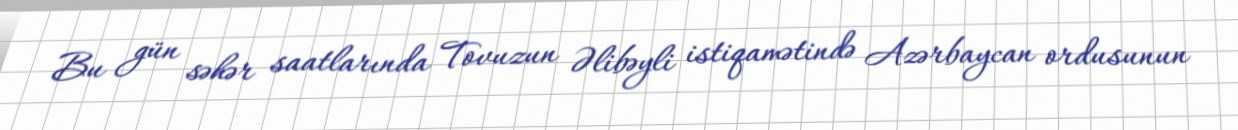
Bu gün səhər saatlarında Tovuzun Əlibəyli istiqamətində Azərbaycan ordusunun